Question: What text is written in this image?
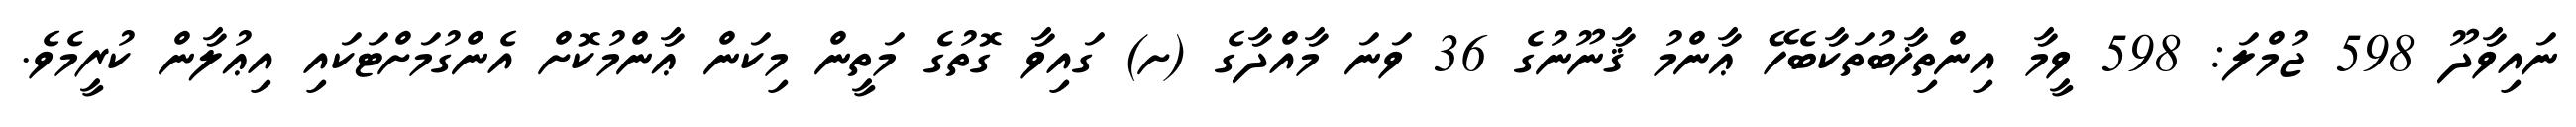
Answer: ނައިވާދޫ 598 ޖުމްލަ: 598 ވީމާ އިންތިޚާބުތަކާބެހޭ ޢާންމު ޤާނޫނުގެ 36 ވަނަ މާއްދާގެ (ށ) ގައިވާ ގޮތުގެ މަތީން މިކަން ޢާންމުކޮށް އެންގުމަށްޓަކައި އިޢުލާން ކުރީމެވެ.